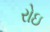
રોઇ